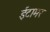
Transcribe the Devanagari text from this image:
ईटामर